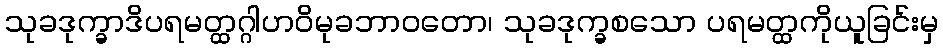
သုခဒုက္ခာဒိပရမတ္ထဂ္ဂါဟဝိမုခဘာဝတော၊ သုခဒုက္ခစသော ပရမတ္ထကိုယူခြင်းမှ